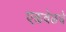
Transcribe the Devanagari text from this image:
एकवेळचे